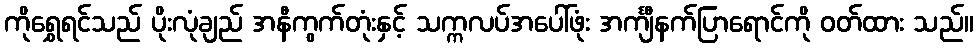
ကိုရွှေရင်သည် ပိုးလုံချည် အနီကွက်တုံးနှင့် သက္ကလပ်အပေါ်ဖုံး အင်္ကျီနက်ပြာရောင်ကို ဝတ်ထား သည်။